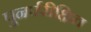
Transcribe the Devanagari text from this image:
पुनर्परीक्षित